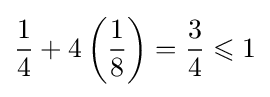
{\frac {1}{4}}+4\left({\frac {1}{8}}\right)={\frac {3}{4}}\leqslant 1